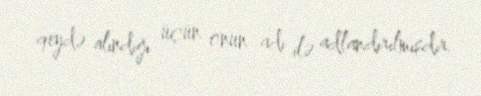
qeydə alındığı üçün onun adı ilə adlandırılmışdır.